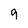
Character: 9